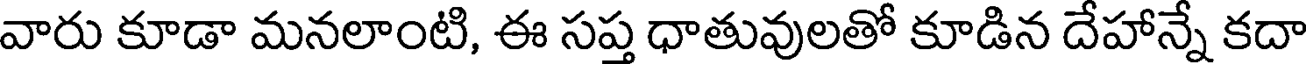
వారు కూడా మనలాంటి, ఈ సప్త ధాతువులతో కూడిన దేహాన్నే కదా